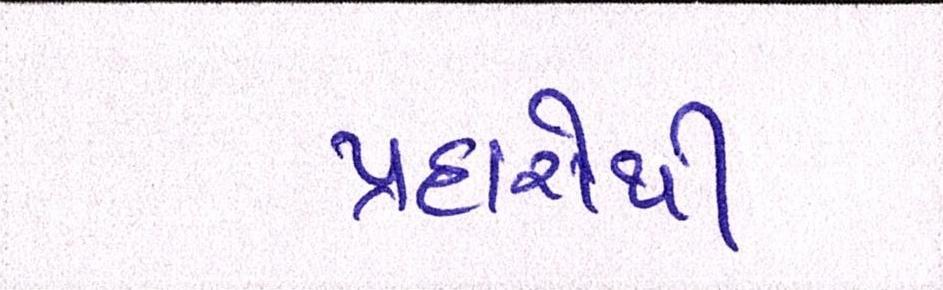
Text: પ્રહારોથી